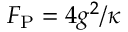
F _ { \mathrm { P } } = 4 g ^ { 2 } / \kappa